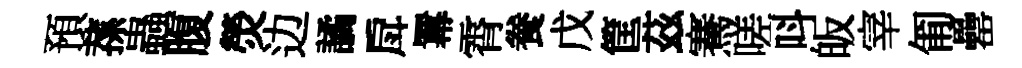
預蓀蟲腹熒边譎戽羃霄飬戊筐茲騫嗟呌皈宰匍罍